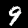
Digit: 9